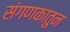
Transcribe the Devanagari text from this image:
संगणकातुन